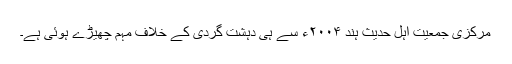
مرکزی جمعیت اہل حدیث ہند ۲۰۰۴ء سے ہی دہشت گردی کے خلاف مہم چھیڑے ہوئی ہے۔